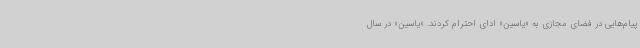
پیام‌هایی در فضای مجازی به «یاسین» ادای احترام کردند. «یاسین» در سال